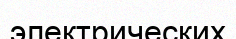
электрических